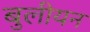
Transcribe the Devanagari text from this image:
बुलीयन